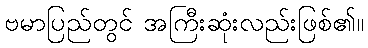
ဗမာပြည်တွင် အကြီးဆုံးလည်းဖြစ်၏။